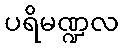
ပရိမဏ္ဍလ